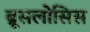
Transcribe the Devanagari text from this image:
ब्रूसलोसिस